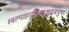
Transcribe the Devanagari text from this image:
स्वल्पाहारनिबद्धशुद्धवपुषां